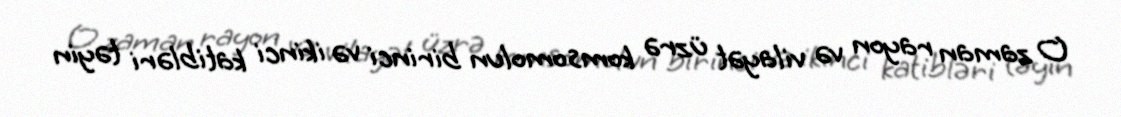
O zaman rayon və vilayət üzrə komsomolun birinci və ikinci katibləri təyin